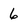
Character: 6